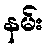
နမ်း